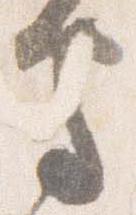
守